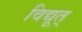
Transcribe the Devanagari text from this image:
विद्यूत्‌